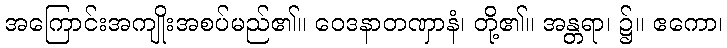
အကြောင်းအကျိုးအစပ်မည်၏။ ဝေဒနာတဏှာနံ၊ တို့၏။ အန္တရာ၊ ၌။ ဧကော၊